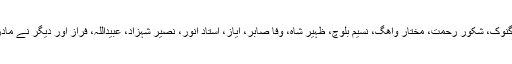
تقریب میں نیشنل اکیڈمی کے صدر برکت مری، غنی گنوک، شکور رحمت، مختار واھگ، نسیم بلوچ، ظہیر شاہ، وفا صابر، ایاز، استاد انور، نصیر شہزاد، عبیداللہ، فراز اور دیگر نے مادری زبانوں کے حوالے سے اپنے خیالات کا اظہار کیا۔